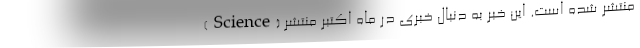
(Science) منتشر شده است. این خبر به دنبال خبری در ماه اکتبر منتشر